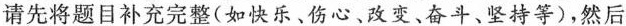
请先将题目补充完整(如快乐、伤心﹑改变、奋斗、坚持等)，然后